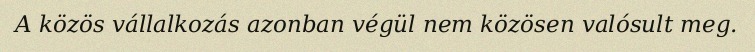
A közös vállalkozás azonban végül nem közösen valósult meg.